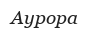
Аурора